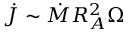
\dot { J } \sim \dot { M } R _ { A } ^ { 2 } \Omega